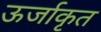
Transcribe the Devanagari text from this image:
ऊर्जाकृत